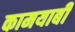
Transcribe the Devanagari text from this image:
कामयाबी